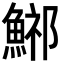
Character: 𩷾